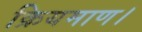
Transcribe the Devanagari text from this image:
क्रियमाण।